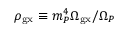
\rho _ { \mathrm { g x } } \equiv m _ { P } ^ { 4 } \Omega _ { \mathrm { g x } } / \Omega _ { P }